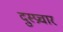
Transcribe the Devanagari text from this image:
दुस्प्रचार